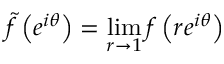
{ \tilde { f } } \left( e ^ { i \theta } \right) = \operatorname* { l i m } _ { r \to 1 } f \left( r e ^ { i \theta } \right)